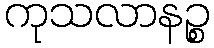
ကုသလာနဉ္စ